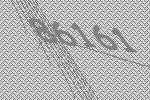
86161